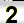
Digit: 2